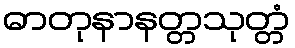
ဓာတုနာနတ္တသုတ္တံ